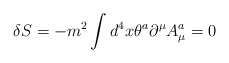
\begin{align*}\delta S=-m^2\int d^4x\theta^a\partial^{\mu}A^a_{\mu}=0\end{align*}